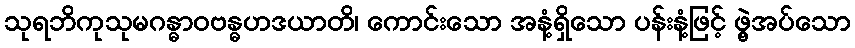
သုရဘိကုသုမဂန္ဓာဝဗန္ဓဟဒယာတိ၊ ကောင်းသော အနံ့ရှိသော ပန်းနံ့ဖြင့် ဖွဲ့အပ်သော